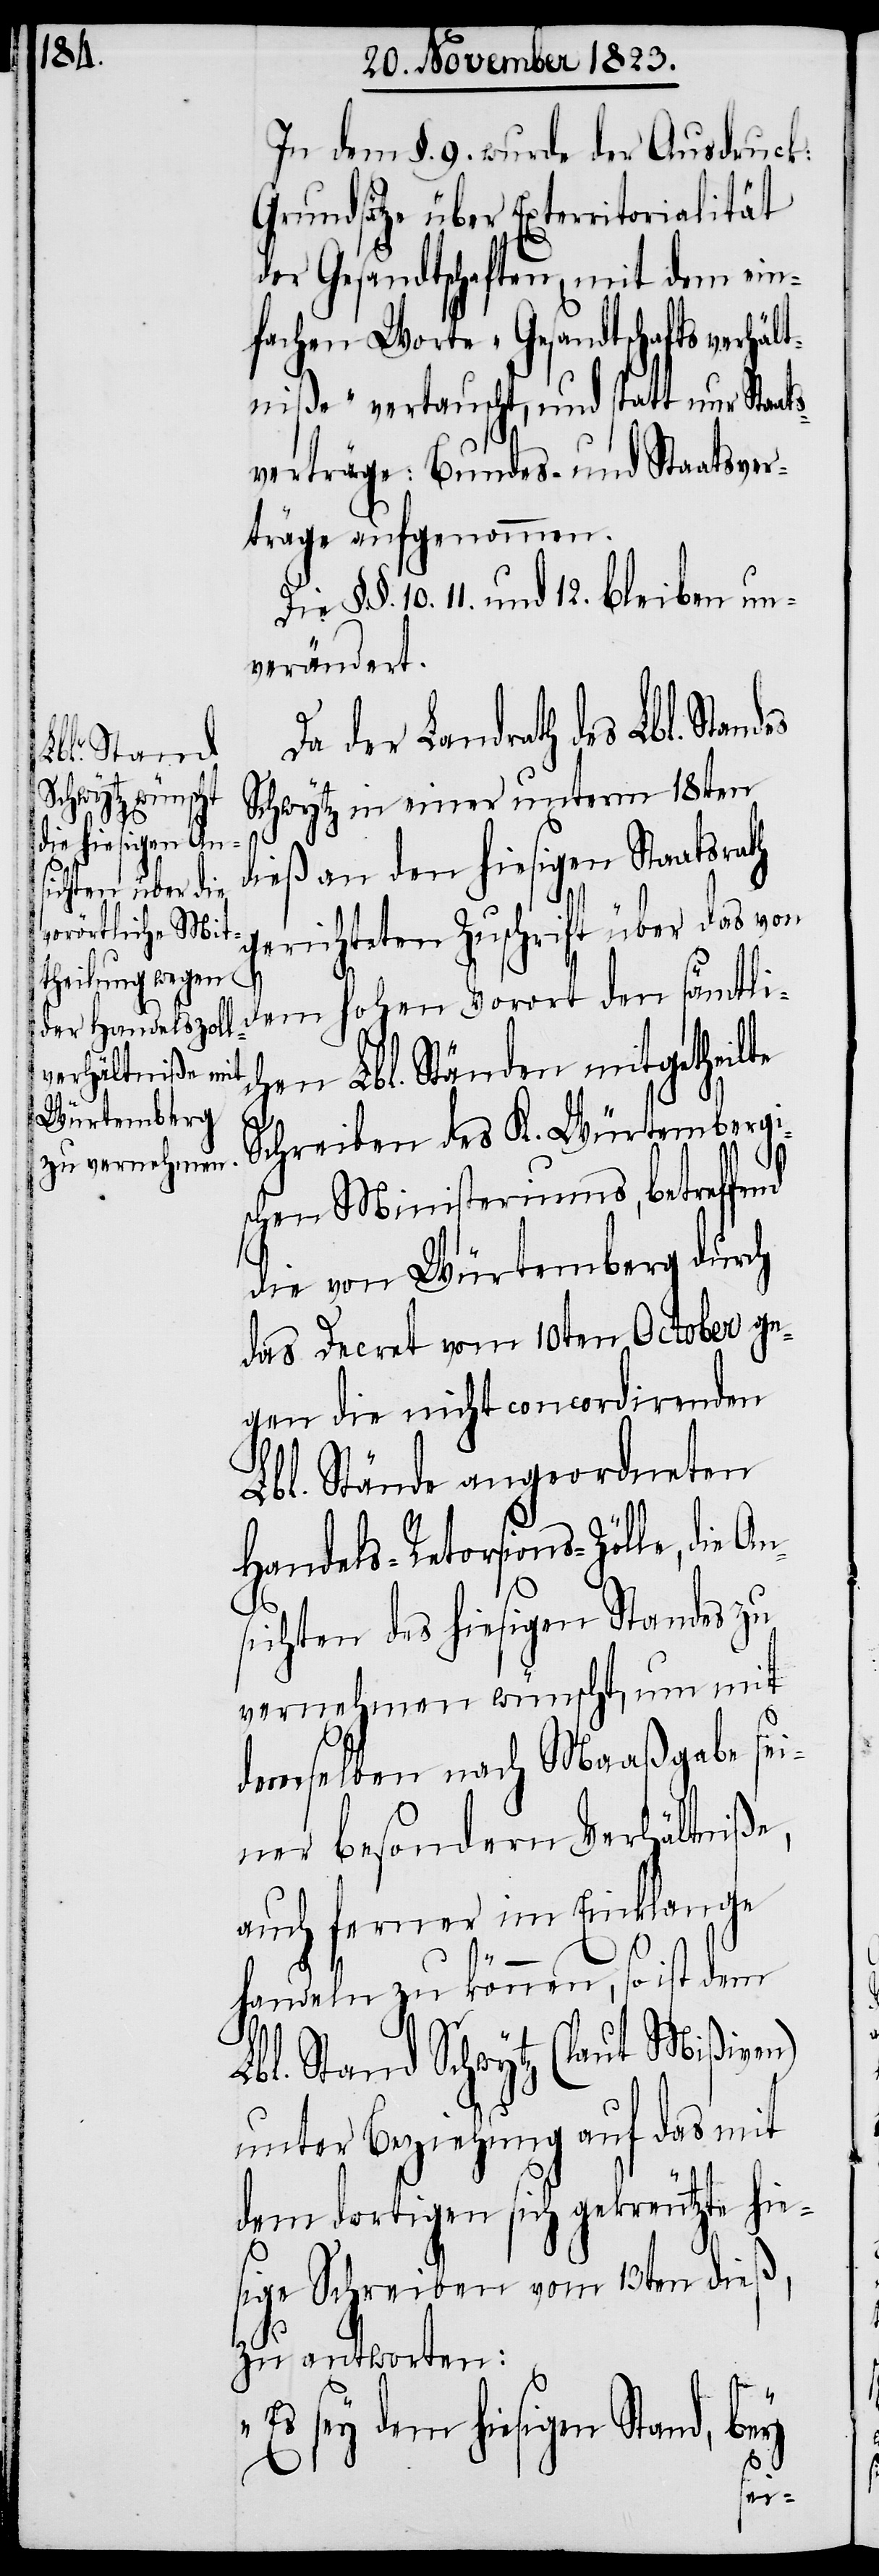
In dem §. 9. wurde der Ausdruck:
Grundsätze über Exterritorialität
der Gesandtschaften, mit dem ein¬
fachen Worte „Gesandtschaftsverhält¬
niße“ vertauscht, und statt nur Staats¬
verträge: Bundes- und Staatsver¬
träge aufgenommen.
Die §§. 10. 11. und 12. bleiben un¬
verändert.
Da der Landrath des Lbl. Stand¬
Schwytz in einer unterm 18ten
An¬
dieß an den hiesigen Staatsrath
gerichteten Zuschrift über das von
dem hohen Vorort den sämtli¬
chen Lbl. Ständen mitgetheilte
Schreiben des K. Würtembergi¬
schen Ministeriums, betreffend
das Decret vom 10ten October ge¬
gen die nicht concordirenden
Lbl. Stände angeordneten
Handels-Retorsions-Zölle, die
sichten des hiesigen Standes zu
vernehmen wünscht, um mit
demselben nach Maaßgabe sei¬
ner besondern Verhältniße,
auch ferner im Einklange
handeln zu können, so ist dem
Lbl. Stand Schwytz (laut Mißiven)
unter Beziehung auf das mit
dem dortigen sich gekreutzte hie¬
sige Schreiben vom 13ten dieß,
zu antworten:
sey dem hiesigen Stand, bey